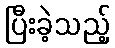
ပြီးခဲ့သည့်